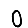
Digit: 0